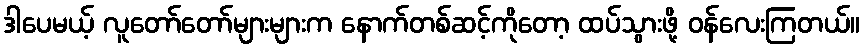
ဒါပေမယ့် လူတော်တော်များများက နောက်တစ်ဆင့်ကိုတော့ ထပ်သွားဖို့ ဝန်လေးကြတယ်။